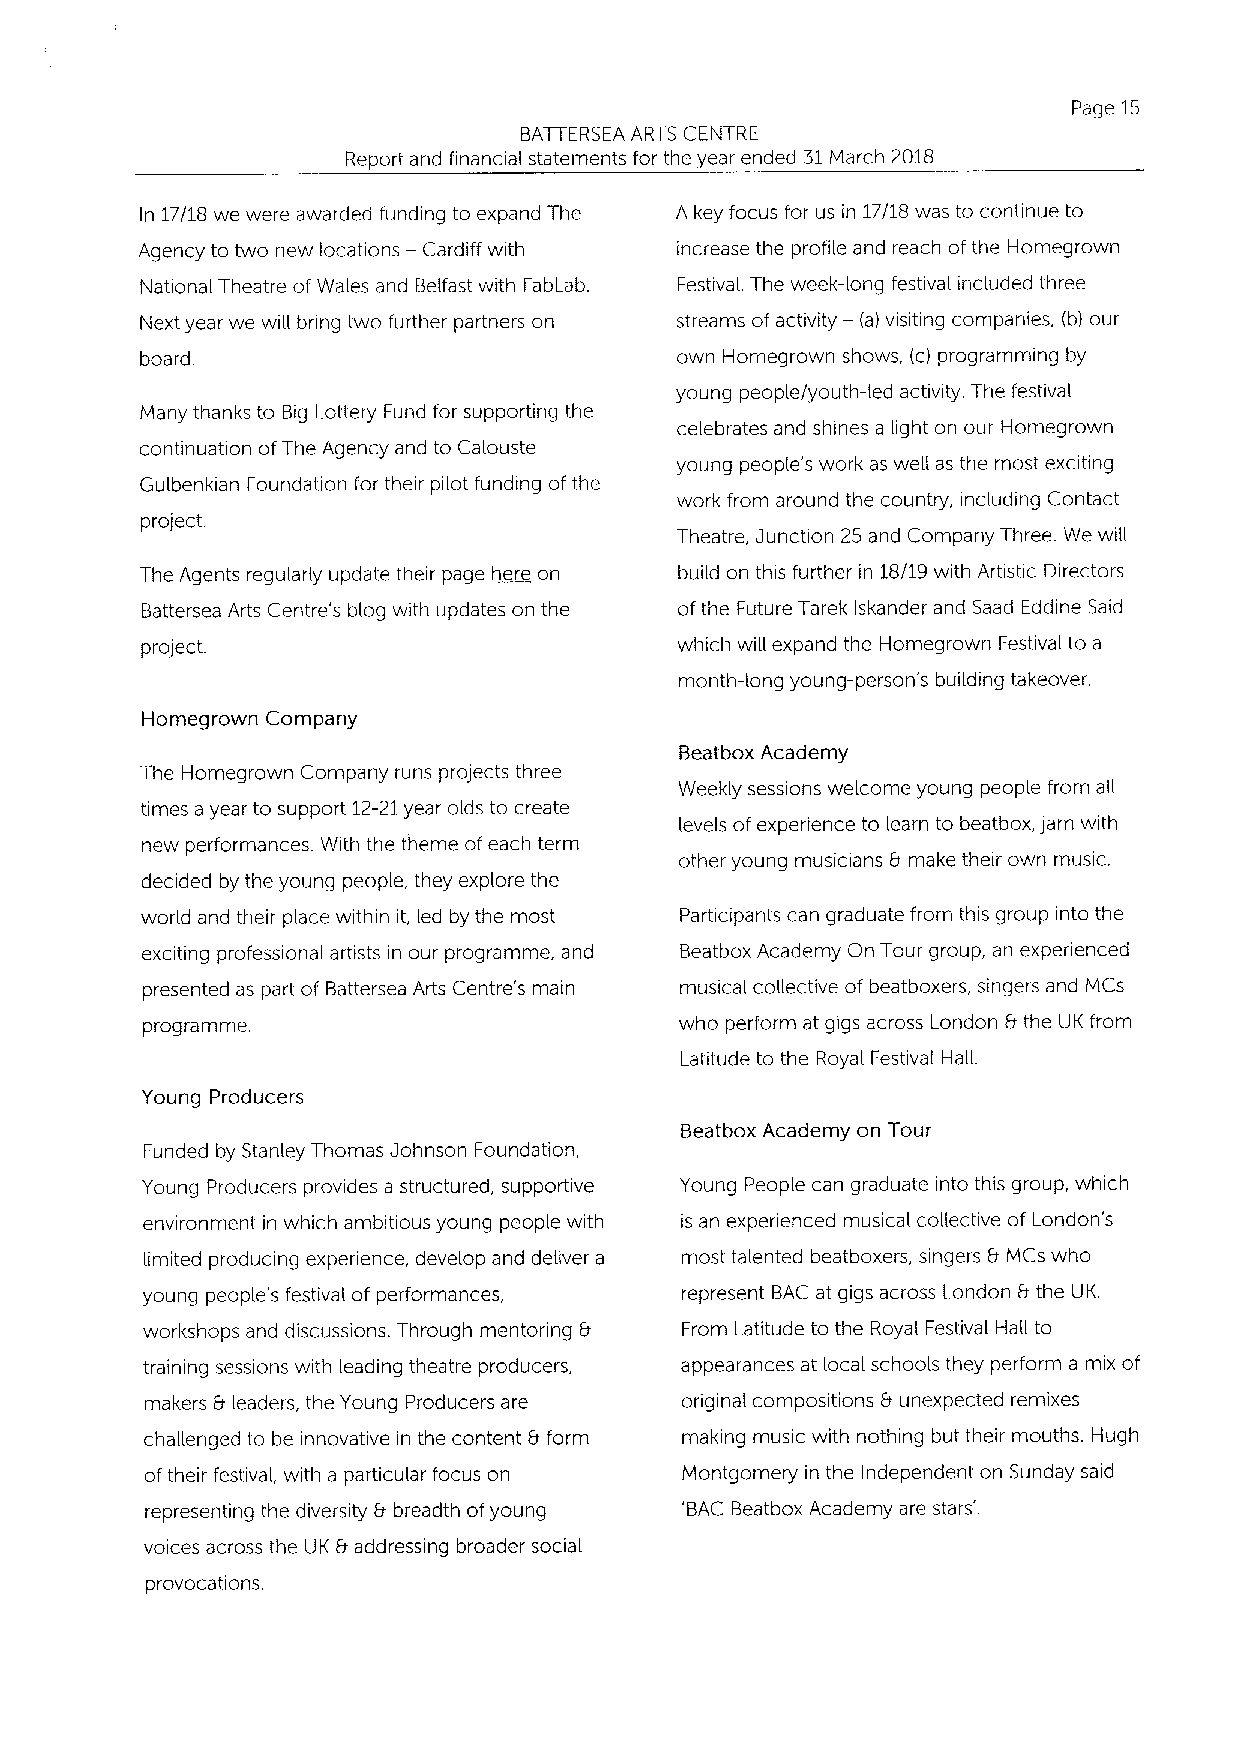
Page 15
 BATTERSEA ARTS CENTRE
 Report and financial statements for the year ended 31March 2018
 In 17/18 we were awarded funding to expand The A key focus for us in 17/18 was to continue to
 Agency to two new locations — Cardiff with increase the profile and reach of the Homegrown
 National Theatre ofWales and Belfast with FabLab. Festival. The week-long festival included three
 Next year we will bring two further partners on streams of activity — (a) visiting companies, (b) our
 board,                              own Homegrown shows, (c) programming by
 young people/youth-led activity. The festival
 Many thanks to Big Lottery Fund for supporting the
 celebrates and shines a light on our Homegrown
 continuation ofThe Agency and to Calouste
 young people's work as well as the most exciting
 Gu(benkian Foundation for their pilot funding ofthe
 work from around the country, including Contact
 project.
 Theatre, Junction 25 and Company Three. We will
 The Agents regularly update their page here on build on this further in 18/19 with Artistic Directors
 Battersea Arts Centre's blog with updates on the ofthe Future Tarek Iskander and Saad Eddine Said
 project.                            which will expand the Homegrown Festival to a
 month-long young-person's building takeover.
 Homegrown Company
 Beatbox Academy
 The Homegrown Company runs projects three
 Weekly sessions welcome young people from all
 times a year to support 12-21year olds to create
 levels ofexperience to learn to beatbox, jam with
 new performances. With the theme ofeach term
 other young musicians 8 make their own music.
 decided by the young people, they explore the
 world and their place within it, led by the most Participants can graduate from this group into the
 exciting professional. artists in our programme, and Beatbox Academy On Tour group, an experienced
 presented as part of Battersea Arts Centre's main musical collective of beatboxers, singers and MCs
 programme.                          who perform at gigs across London 8the UK from
 Latitude to the Royal Festival Hall.
 Young Producers
 Beatbox Academy on Tour
 Funded by Stanley Thomas Johnson Foundation,
 Young Producers provides a structured, supportive Young People can graduate into this group, which
 environment in which ambitious young people with is an experienced musical collective of London's
 limited producing experience, develop and deliver a most talented beatboxers, singers b MCs who
 young people's festival of performances, represent BAC at gigs across London 8the LIK.
 workshops and discussions. Through mentoring 8 From Latitude to the Royal Festival Hali to
 training sessions with leading theatre producers, appearances at local schools they perform a mix of
 makers &leaders, the Young Producers are original compositions &unexpected remixes
 challenged to be innovative in the content 8form making music with nothing but their mouths. Hugh
 oftheir festival, with a particular focus on Montgomery in the Independent on Sunday said
 representing the diversity 8 breadth ofyoung 'BAC Beatbox Academy are stars'.
 voices across the UK 8 addressing broader social
 provocations.